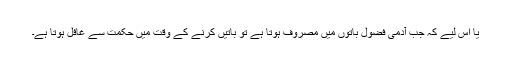
یا اس لیے کہ جب آدمی فضول باتوں میں مصروف ہوتا ہے تو باتیں کرنے کے وقت میں حکمت سے غافل ہوتا ہے۔